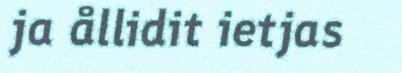
ja ållidit ietjas